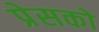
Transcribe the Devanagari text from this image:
प्रेसको